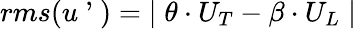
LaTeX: \begin{array}{r}{rms(u\mathrm{~\textquoteright~})={\mid\theta\cdot U_{T}-\beta\cdot U_{L}\mid}}\end{array}